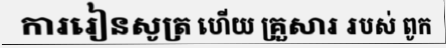
ការរៀនសូត្រ ហើយ គ្រួសារ របស់ ពូក